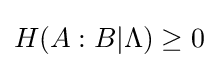
H(A:B|\Lambda )\geq 0